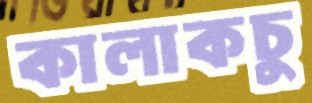
কালাকচু